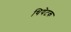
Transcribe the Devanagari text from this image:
थियेटक